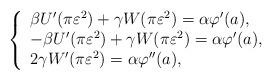
LaTeX: \begin{align*}\left\{ \begin{array}{l} \beta U'(\pi \varepsilon^2) + \gamma W(\pi \varepsilon^2) = \alpha \varphi'(a), \\-\beta U'(\pi \varepsilon^2) + \gamma W(\pi \varepsilon^2) = \alpha \varphi'(a), \\2 \gamma W'(\pi \varepsilon^2) = \alpha \varphi''(a),\end{array} \right.\end{align*}